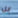
كل